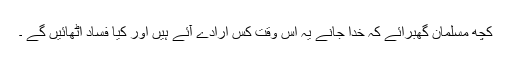
کچھ مسلمان گھبرائے کہ خدا جانے یہ اس وقت کس ارادے آئے ہیں اور کیا فساد اُٹھائیں گے ۔